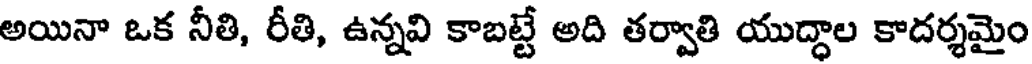
అయినా ఒక నీతి, రీతి, ఉన్నవి కాబట్టే అది తర్వాతి యుద్ధాల కాదర్శమైం